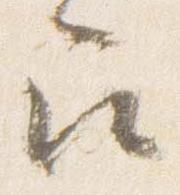
召